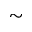
\sim